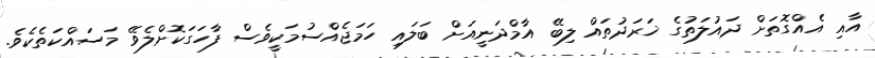
އާއި އެއްގޮތަށް ދައުލަތުގެ ޚަރަދުތައް ލިބޭ އާމްދަނީއަށް ބަލައި ހަމަޖެއްސުމަކީވެސް ފާހަގަކޮށްލެވޭ މަސައްކަތެކެވެ.